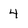
Character: 4